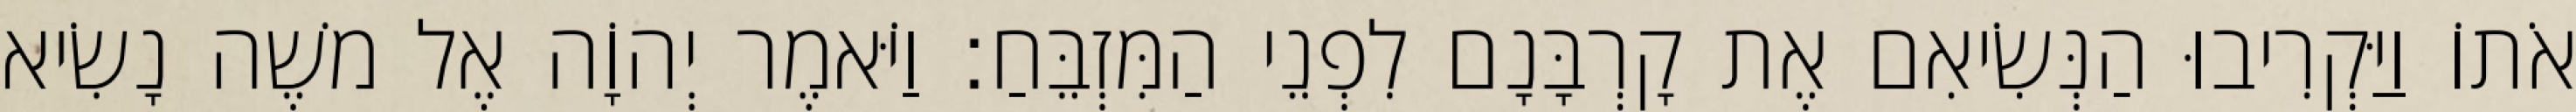
אֹתוֹ וַיַּקְרִיבוּ הַנְּשִׂיאִם אֶת קָרְבָּנָם לִפְנֵי הַמִּזְבֵּחַ׃ וַיֹּאמֶר יְהוָֹה אֶל משֶׁה נָשִׂיא